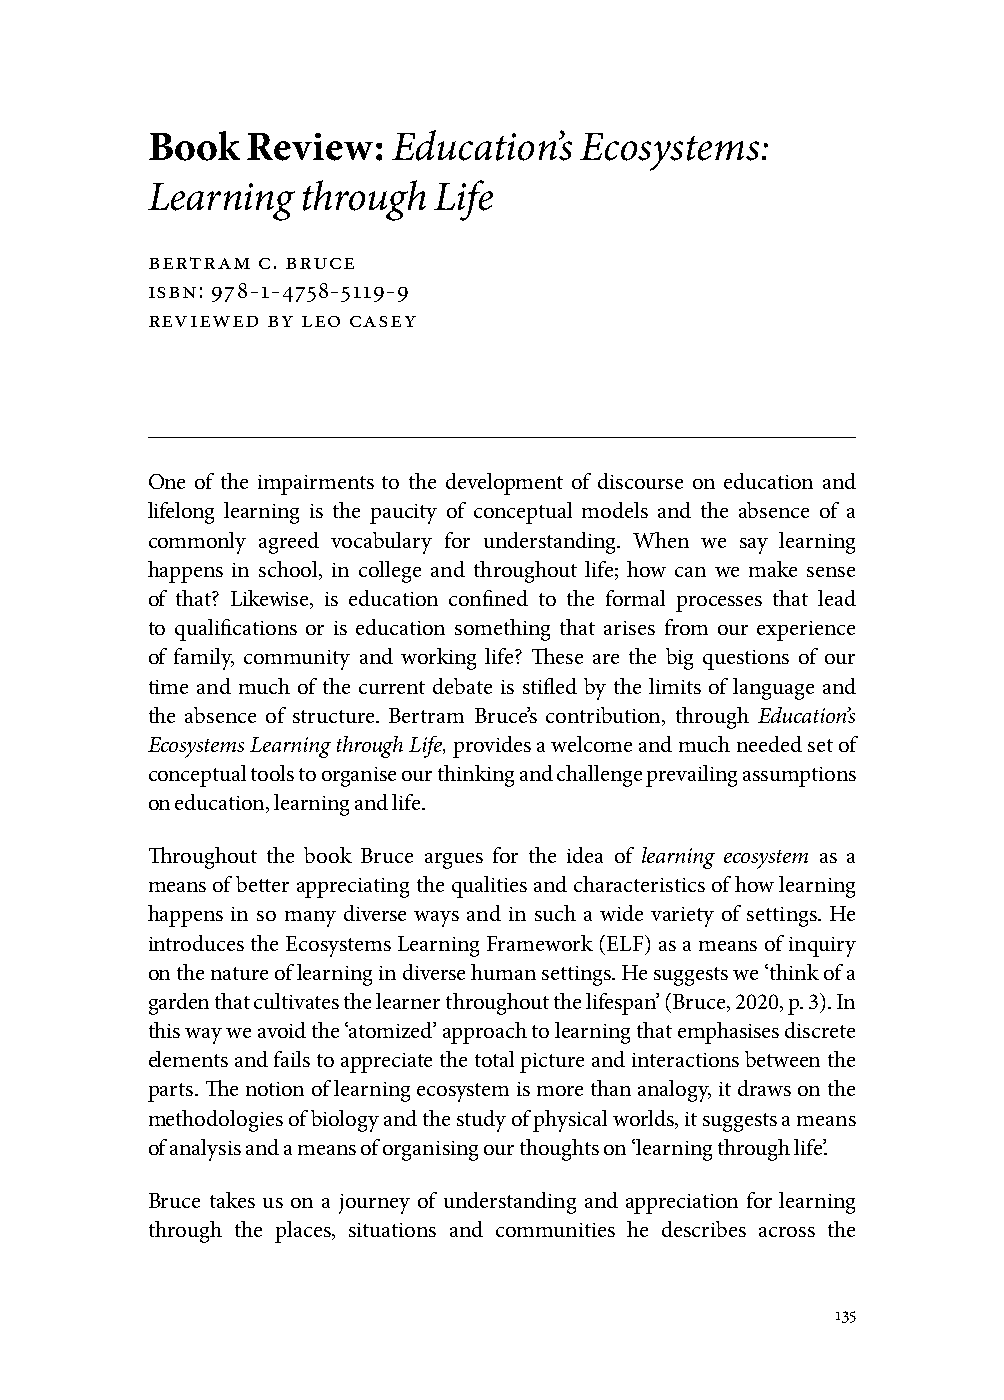
Book  Review:   Education’s Ecosystems:
 Learning  through  Life
 bertram c. bruce
 isbn: 978-1-4758-5119-9
 reviewed by leo casey
 One of the impairments to the development of discourse on education and
 lifelong learning is the paucity of conceptual models and the absence of a
 commonly agreed vocabulary for understanding. When we say learning
 happens in school, in college and throughout life; how can we make sense
 of that? Likewise, is education confined to the formal processes that lead
 to qualifications or is education something that arises from our experience
 of family, community and working life? These are the big questions of our
 time and much of the current debate is stifled by the limits of language and
 the absence of structure. Bertram Bruce’s contribution, through Education’s
 Ecosystems Learning through Life, provides a welcome and much needed set of
 conceptual tools to organise our thinking and challenge prevailing assumptions
 on education, learning and life.
 Throughout the book Bruce argues for the idea of learning ecosystem as a
 means of better appreciating the qualities and characteristics of how learning
 happens in so many diverse ways and in such a wide variety of settings. He
 introduces the Ecosystems Learning Framework (ELF) as a means of inquiry
 on the nature of learning in diverse human settings. He suggests we ‘think of a
 garden that cultivates the learner throughout the lifespan’ (Bruce, 2020, p. 3). In
 this way we avoid the ‘atomized’ approach to learning that emphasises discrete
 elements and fails to appreciate the total picture and interactions between the
 parts. The notion of learning ecosystem is more than analogy, it draws on the
 methodologies of biology and the study of physical worlds, it suggests a means
 of analysis and a means of organising our thoughts on ‘learning through life’.
 Bruce takes us on a journey of understanding and appreciation for learning
 through the places, situations and communities he describes across the
 135